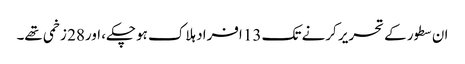
ان سطور کے تحریر کرنے تک 13 افراد ہلاک ہوچکے، اور28 زخمی تھے۔